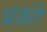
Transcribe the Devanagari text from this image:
मंजरों